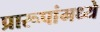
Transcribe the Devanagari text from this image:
प्रारूपांमध्ये